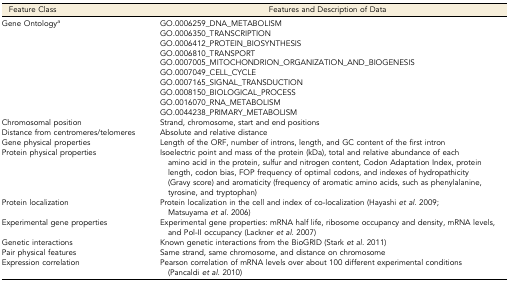
<table><thead><tr><td><b>Feature Class</b></td><td><b>Features and Description of Data</b></td></tr></thead><tbody><tr><td>Gene Ontology<i><sup>a</sup></i></td><td>GO.0006259_DNA_METABOLISM</td></tr><tr><td>[EMPTY_CELL]</td><td>GO.0006350_TRANSCRIPTION</td></tr><tr><td>[EMPTY_CELL]</td><td>GO.0006412_PROTEIN_BIOSYNTHESIS</td></tr><tr><td>[EMPTY_CELL]</td><td>GO.0006810_TRANSPORT</td></tr><tr><td>[EMPTY_CELL]</td><td>GO.0007005_MITOCHONDRION_ORGANIZATION_AND_BIOGENESIS</td></tr><tr><td>[EMPTY_CELL]</td><td>GO.0007049_CELL_CYCLE</td></tr><tr><td>[EMPTY_CELL]</td><td>GO.0007165_SIGNAL_TRANSDUCTION</td></tr><tr><td>[EMPTY_CELL]</td><td>GO.0008150_BIOLOGICAL_PROCESS</td></tr><tr><td>[EMPTY_CELL]</td><td>GO.0016070_RNA_METABOLISM</td></tr><tr><td>[EMPTY_CELL]</td><td>GO.0044238_PRIMARY_METABOLISM</td></tr><tr><td>Chromosomal position</td><td>Strand, chromosome, start and end positions</td></tr><tr><td>Distance from centromeres/telomeres</td><td>Absolute and relative distance</td></tr><tr><td>Gene physical properties</td><td>Length of the ORF, number of introns, length, and GC content of the first intron</td></tr><tr><td>Protein physical properties</td><td>Isoelectric point and mass of the protein (kDa), total and relative abundance of each amino acid in the protein, sulfur and nitrogen content, Codon Adaptation Index, protein length, codon bias, FOP frequency of optimal codons, and indexes of hydropathicity (Gravy score) and aromaticity (frequency of aromatic amino acids, such as phenylalanine, tyrosine, and tryptophan)</td></tr><tr><td>Protein localization</td><td>Protein localization in the cell and index of co-localization (Hayashi <i>et al.</i> 2009; Matsuyama <i>et al.</i> 2006)</td></tr><tr><td>Experimental gene properties</td><td>Experimental gene properties: mRNA half life, ribosome occupancy and density, mRNA levels, and Pol-II occupancy (Lackner <i>et al.</i> 2007)</td></tr><tr><td>Genetic interactions</td><td>Known genetic interactions from the BioGRID (Stark <i>et al.</i> 2011)</td></tr><tr><td>Pair physical features</td><td>Same strand, same chromosome, and distance on chromosome</td></tr><tr><td>Expression correlation</td><td>Pearson correlation of mRNA levels over about 100 different experimental conditions (Pancaldi <i>et al.</i> 2010)</td></tr></tbody></table>